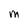
Character: M